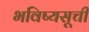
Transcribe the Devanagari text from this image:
भविष्यसूची